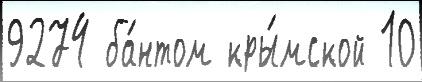
9274 ба́нтом кры́мской 10